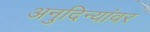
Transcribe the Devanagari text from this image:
अनुदिन्यांवर